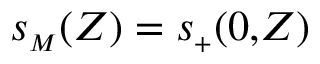
s _ { { \scriptscriptstyle M } } ( Z ) = s _ { { \scriptscriptstyle + } } ( 0 , \! Z )